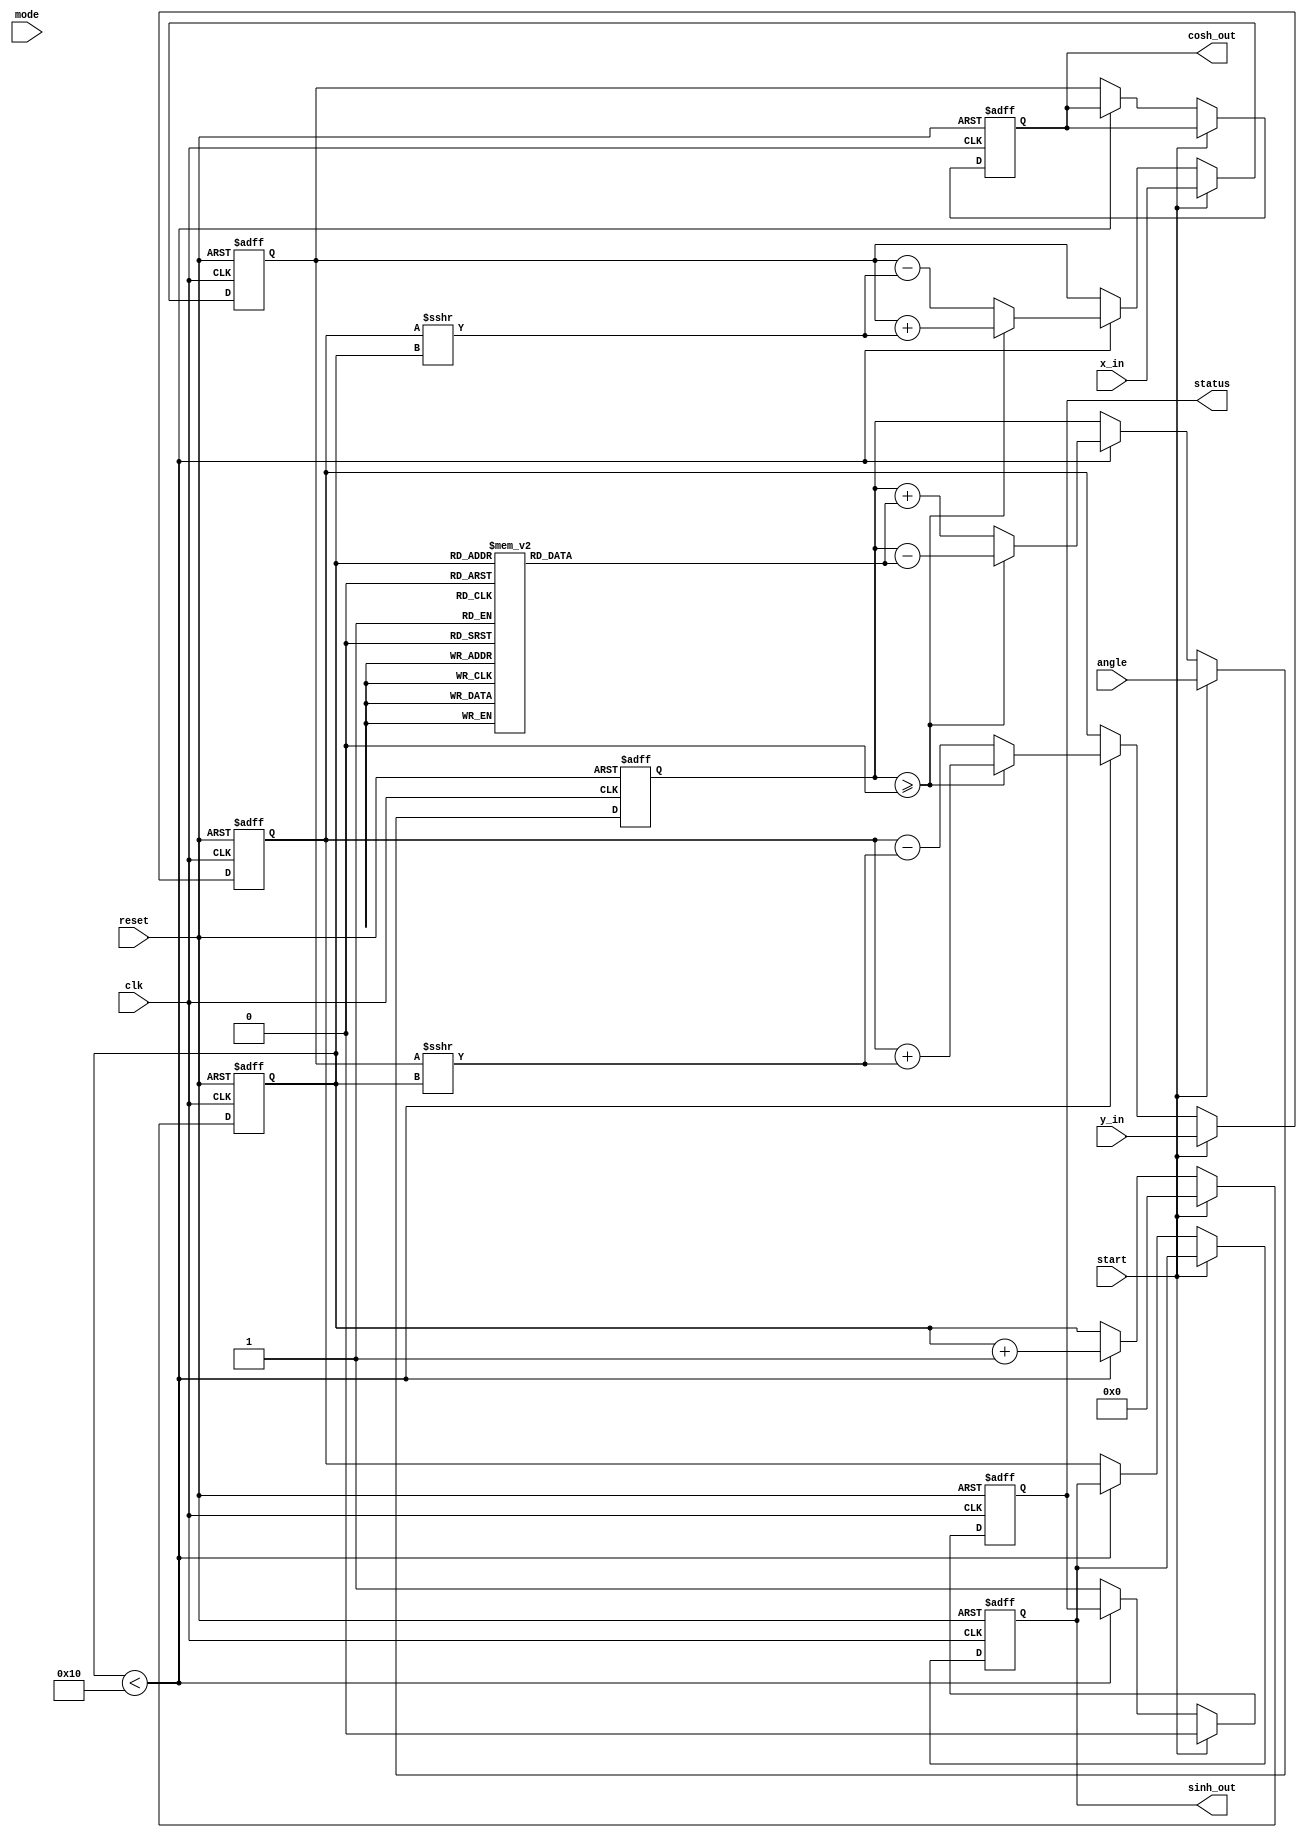
module hyperbolic_cordic (
    input wire clk,
    input wire reset,
    input wire start,
    input wire [15:0] x_in, // Fixed-point representation for x
    input wire [15:0] y_in, // Fixed-point representation for y
    input wire [15:0] angle, // Input angle
    input wire mode, // Mode: 0 for circular, 1 for hyperbolic
    output reg [15:0] sinh_out, // Output for sinh(x)
    output reg [15:0] cosh_out, // Output for cosh(x)
    output reg status // Completion status
);

// CORDIC parameters
parameter ITERATIONS = 16;

// Internal registers
reg [15:0] x; // Current value of x
reg [15:0] y; // Current value of y
reg [15:0] z; // Remaining angle
reg [3:0] iteration_count; // Iteration counter

// Angle lookup table for hyperbolic functions (arctanh values)
reg [15:0] angle_table [0:ITERATIONS-1];
initial begin
    // Populate the angle lookup table with arctanh values
    angle_table[0] = 16'h0C90; // arctanh(1/2)
    angle_table[1] = 16'h0A3D; // arctanh(1/4)
    angle_table[2] = 16'h065E; // arctanh(1/8)
    // Continue filling the table with appropriate values...
    angle_table[3] = 16'h03C4; // arctanh(1/16)
    angle_table[4] = 16'h01FF; // arctanh(1/32)
    angle_table[5] = 16'h00FF; // arctanh(1/64)
    angle_table[6] = 16'h007F; // arctanh(1/128)
    angle_table[7] = 16'h003F; // arctanh(1/256)
    angle_table[8] = 16'h001F; // arctanh(1/512)
    angle_table[9] = 16'h000F; // arctanh(1/1024)
    angle_table[10] = 16'h0007; // arctanh(1/2048)
    angle_table[11] = 16'h0003; // arctanh(1/4096)
    angle_table[12] = 16'h0001; // arctanh(1/8192)
    // More values can be added if needed...
end

// CORDIC computation process
always @(posedge clk or posedge reset) begin
    if (reset) begin
        x <= 0;
        y <= 0;
        z <= 0;
        iteration_count <= 0;
        status <= 0;
        sinh_out <= 0;
        cosh_out <= 0;
    end else if (start) begin
        // Initialize x, y, z with inputs
        x <= x_in;
        y <= y_in;
        z <= angle;
        iteration_count <= 0;
        status <= 0; // Reset status
    end else if (iteration_count < ITERATIONS) begin
        // CORDIC algorithm iterations
        if (z >= 0) begin
            // Perform forward rotation for hyperbolic
            x <= x + (y >>> iteration_count);
            y <= y + (x >>> iteration_count);
            z <= z - angle_table[iteration_count];
        end else begin
            // Perform backward rotation for hyperbolic
            x <= x - (y >>> iteration_count);
            y <= y - (x >>> iteration_count);
            z <= z + angle_table[iteration_count];
        end
        iteration_count <= iteration_count + 1;
    end else begin
        // Completion
        sinh_out <= y; // Output of sinh
        cosh_out <= x; // Output of cosh
        status <= 1; // Set status to completed
    end
end

endmodule